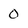
Character: 0